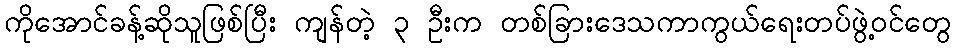
ကိုအောင်ခန့်ဆိုသူဖြစ်ပြီး ကျန်တဲ့ ၃ ဦးက တစ်ခြားဒေသကာကွယ်ရေးတပ်ဖွဲ့ဝင်တွေ